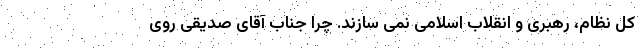
کل نظام، رهبری و انقلاب اسلامی نمی سازند. چرا جناب آقای صدیقی روی